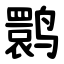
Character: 鹮